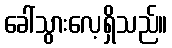
ခေါ်သွားလေ့ရှိသည်။